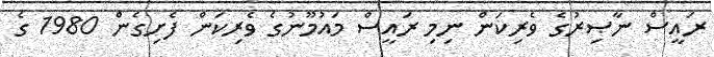
ރައީސް ނާޞިރުގެ ވެރިކަން ނިމި ރައީސް މައުމޫނުގެ ވެރިކަން ފެށިގެން 1980 ގެ